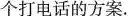
个打电话的方案.